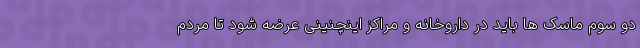
دو سوم ماسک ها باید در داروخانه و مراکز اینچنینی عرضه شود تا مردم